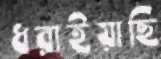
ধরাইয়াছি